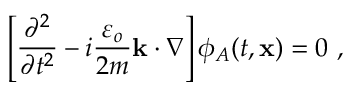
\left[ { \frac { \partial ^ { 2 } } { \partial t ^ { 2 } } } - i \frac { \varepsilon _ { o } } { 2 m } { \mathbf k } \cdot \nabla \right] \phi _ { A } ( t , \mathbf { x } ) = 0 \ ,